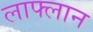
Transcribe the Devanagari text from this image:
लाफ्लान